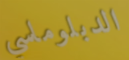
الدبلوماسي